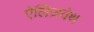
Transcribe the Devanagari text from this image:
ऐलिज़वेथ